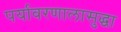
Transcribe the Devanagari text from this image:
पर्यावरणालासुद्धा